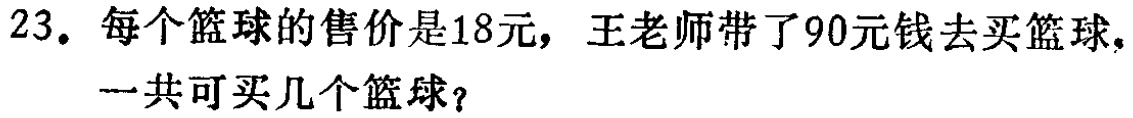
23. 每个篮球的售价是18元，王老师带了90元钱去买篮球，一共可买几个篮球？